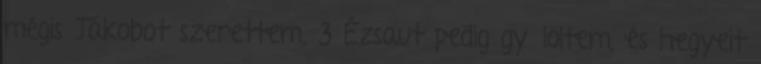
mégis Jákobot szerettem, 3 Ézsaut pedig gyűlöltem, és hegyeit